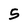
Character: 5